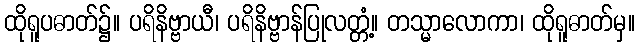
ထိုရူပဓာတ်၌။ ပရိနိဗ္ဗာယီ၊ ပရိနိဗ္ဗာန်ပြုလတ္တံ့။ တသ္မာလောကာ၊ ထိုရူဓာတ်မှ။